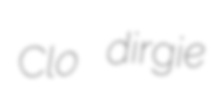
Clo dirgie